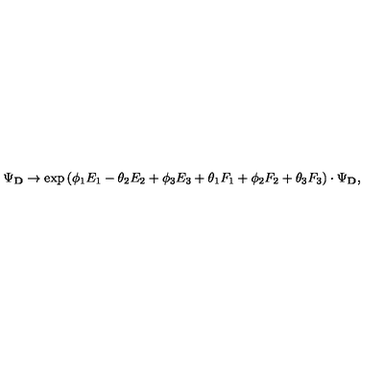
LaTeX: \Psi _ { \bf D } \rightarrow \exp { ( \phi _ { 1 } E _ { 1 } - \theta _ { 2 } E _ { 2 } + \phi _ { 3 } E _ { 3 } + \theta _ { 1 } F _ { 1 } + \phi _ { 2 } F _ { 2 } + \theta _ { 3 } F _ { 3 } ) } \cdot \Psi _ { \bf D } ,